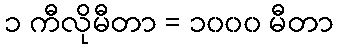
၁ ကီလိုမီတာ = ၁၀၀၀ မီတာ